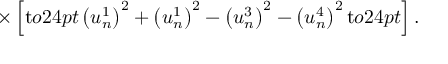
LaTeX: \times \left[ \mathrm { t } o 2 4 p t { } \left( u _ { n } ^ { 1 } \right) ^ { 2 } + \left( u _ { n } ^ { 1 } \right) ^ { 2 } - \left( u _ { n } ^ { 3 } \right) ^ { 2 } - \left( u _ { n } ^ { 4 } \right) ^ { 2 } \mathrm { t } o 2 4 p t { } \right] .